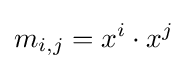
m_{i,j}=x^{i}\cdot x^{j}